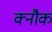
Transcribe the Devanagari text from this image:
क्नौक